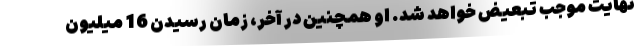
نهایت موجب تبعیض خواهد شد. او همچنین در آخر، زمان رسیدن 16 میلیون